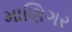
માણિગર